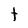
Character: t